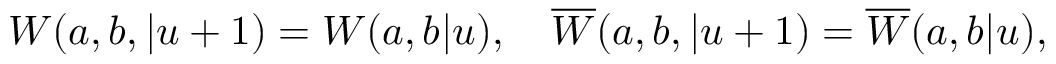
W ( a , b , | u + 1 ) = W ( a , b | u ) , \quad \overline { { { W } } } ( a , b , | u + 1 ) = \overline { { { W } } } ( a , b | u ) ,